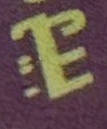
بيع